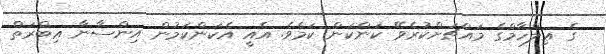
ގެ ޢިލްހާމްގެ މައްޗަށްކުރެވޭ ކަންކަން ކަމެވެ. އެއީ އެކަންކަމުން އިންސާނާ ޢިބްރަތް